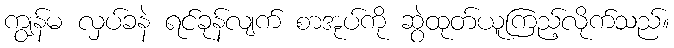
ကျွန်မ လှပ်ခနဲ ရင်ခုန်လျက် စာအုပ်ကို ဆွဲထုတ်ယူကြည့်လိုက်သည်။